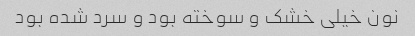
نون خیلی خشک و سوخته بود و سرد شده بود